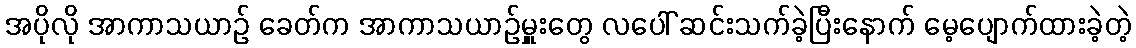
အပိုလို အာကာသယာဉ် ခေတ်က အာကာသယာဉ်မှူးတွေ လပေါ် ဆင်းသက်ခဲ့ပြီးနောက် မေ့ပျောက်ထားခဲ့တဲ့